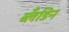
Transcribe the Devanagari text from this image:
ब्लँडिन